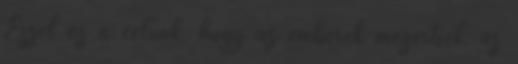
Ezzel az a célunk, hogy az emberek megértsék: az